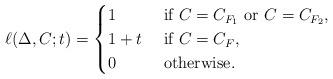
LaTeX: \begin{align*}\ell(\Delta,C;t) = \begin{cases}1 & \textrm{ if } C = C_{F_1} \textrm{ or } C = C_{F_2}, \\1 + t & \textrm{ if } C = C_{F}, \\0 & \textrm{ otherwise. } \\\end{cases}\end{align*}